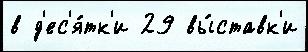
в д'ес'я́тк'и 29 вы́ставк'и